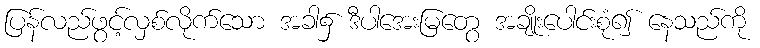
ပြန်လည်ဖွင့်လှစ်လိုက်သော အခါ၌ ဒီပါအေးမြတွေ အချိုးပေါင်းစုံ၍ နေသည်ကို